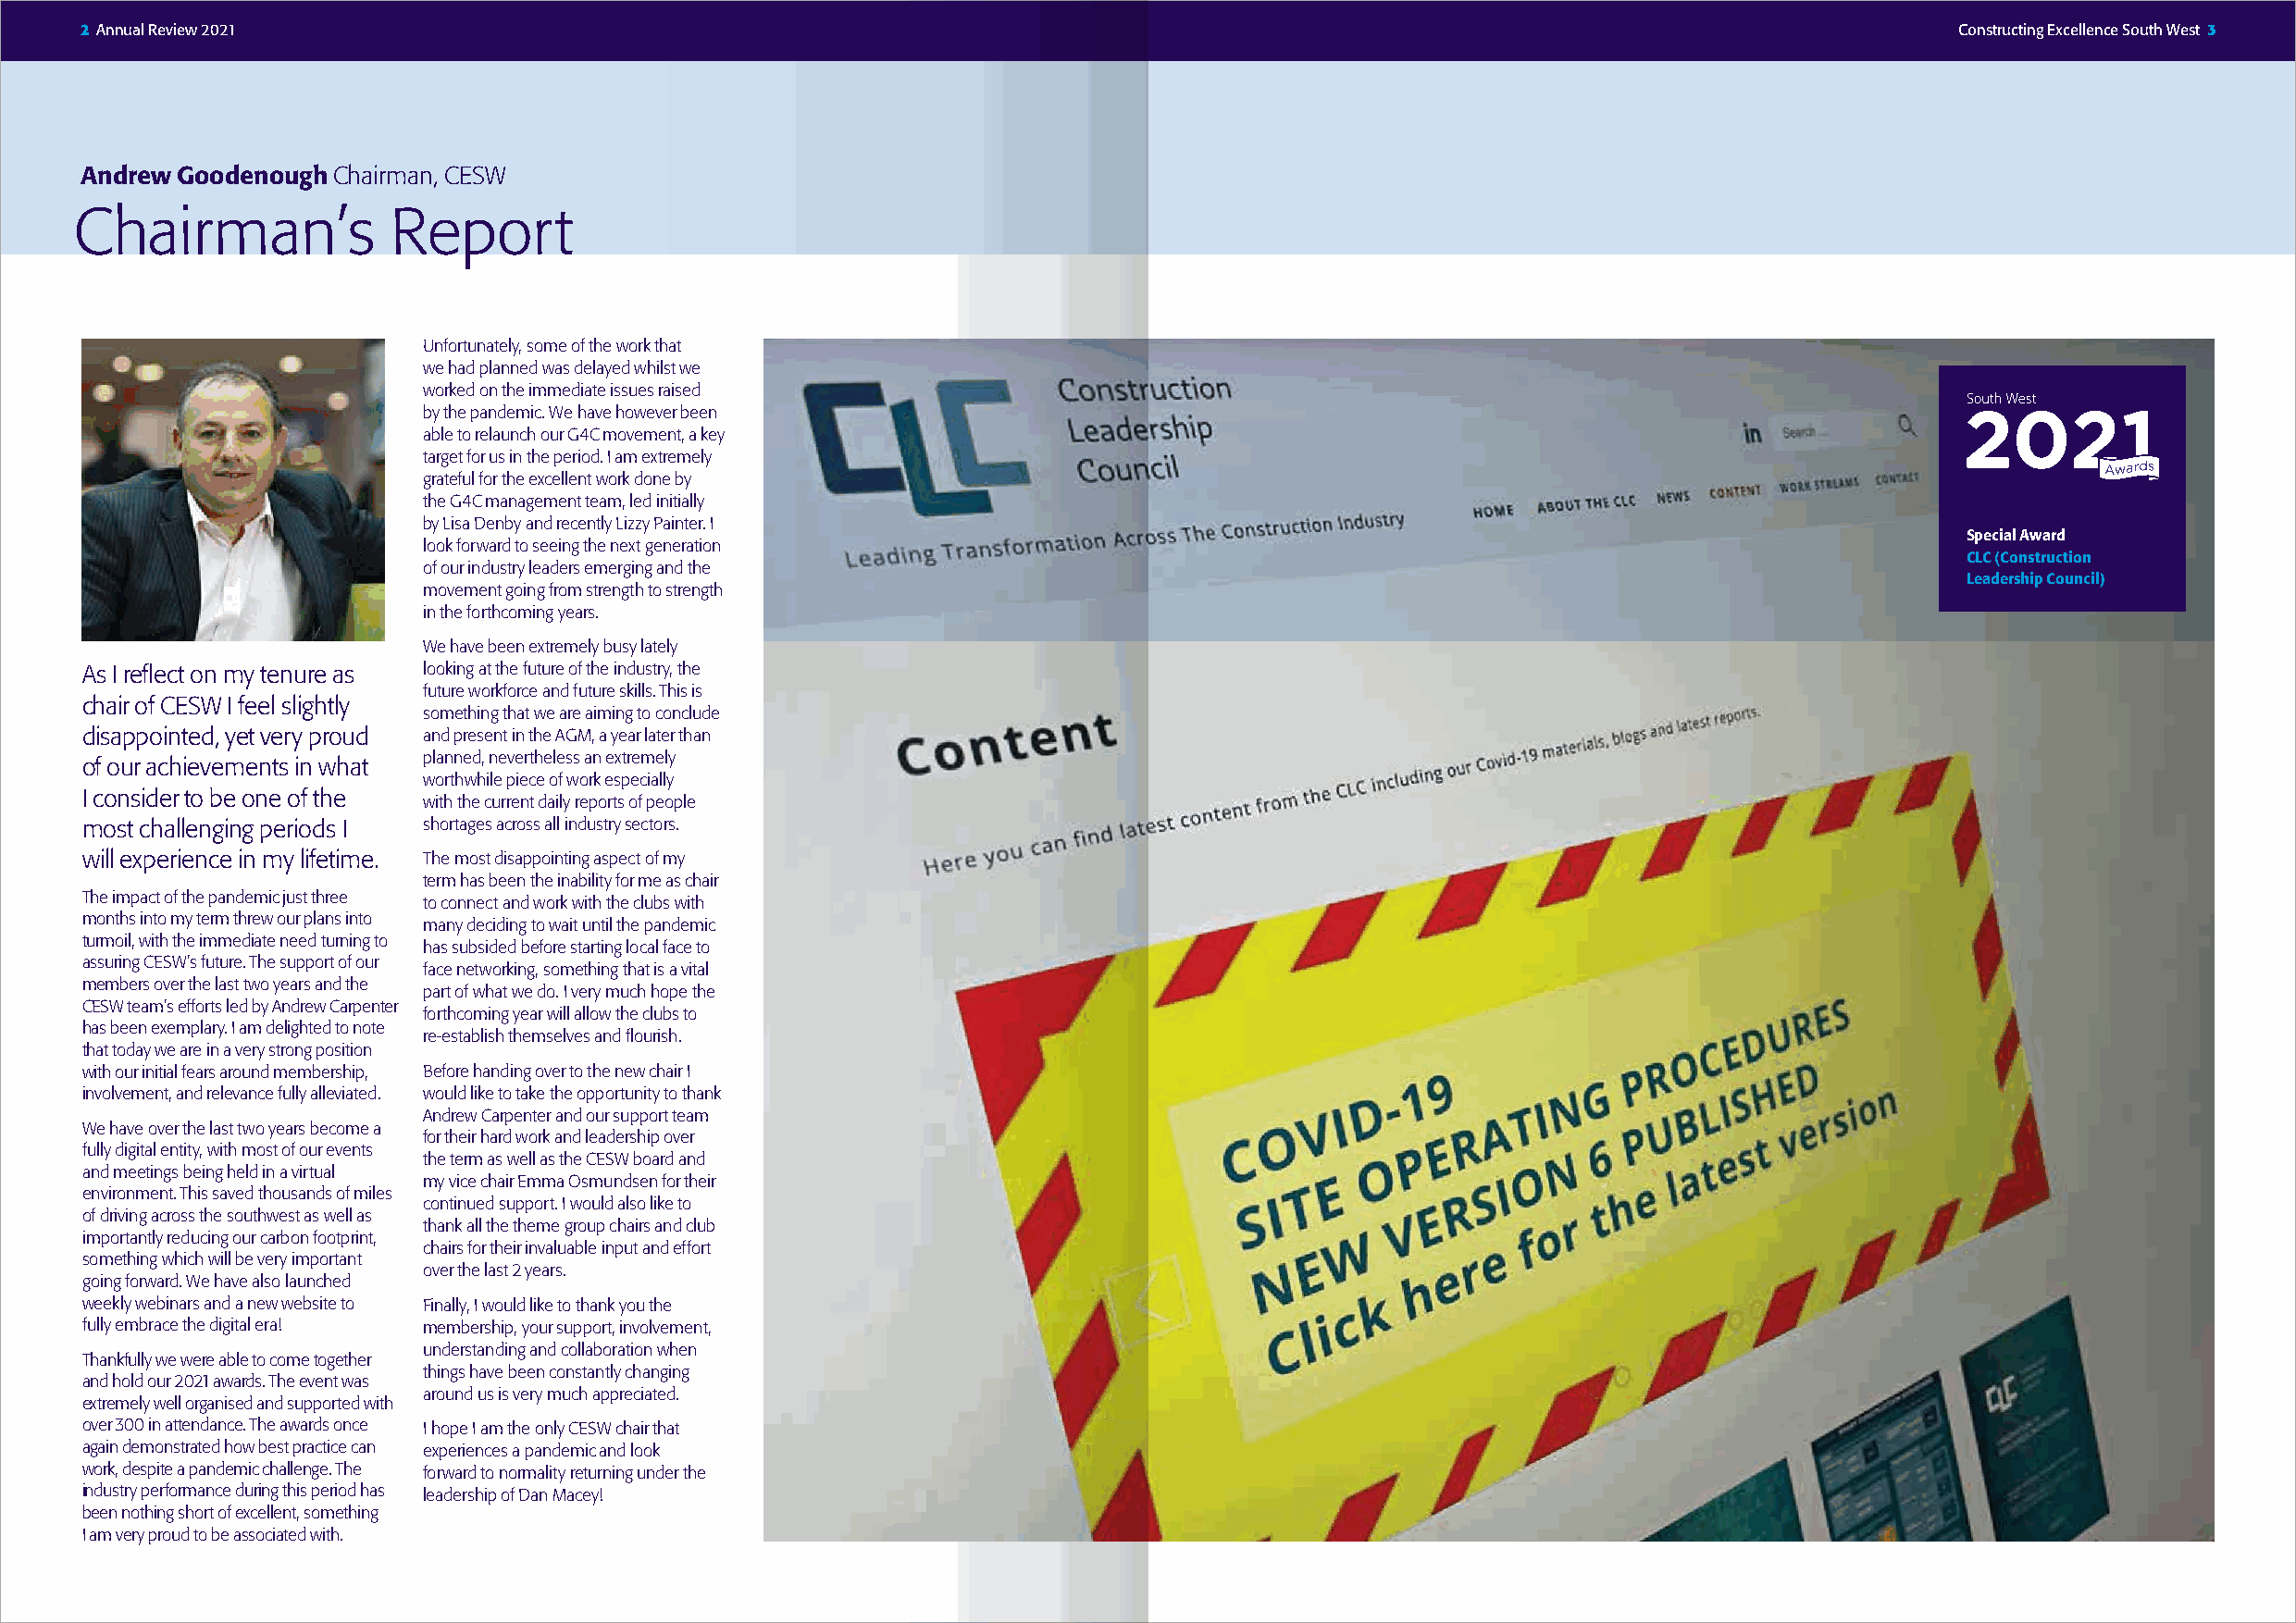
2 Annual Review 2021                                                                                                                  Constructing Excellence South West 3
 Andrew Goodenough Chairman, CESW
 Chairman’s             Report
 Unfortunately, some of the work that
 we had planned was delayed whilst we
 worked on the immediate issues raised
 by the pandemic. We have however been
 able to relaunch our G4C movement, a key
 target for us in the period. I am extremely
 grateful for the excellent work done by
 the G4C management team, led initially
 by Lisa Denby and recently Lizzy Painter. I
 Special Award
 look forward to seeing the next generation
 CLC (Construction
 of our industry leaders emerging and the
 Leadership Council)
 movement going from strength to strength
 in the forthcoming years.
 We have been extremely busy lately
 As I reflect on my tenure as looking at the future of the industry, the
 future workforce and future skills. This is
 chair of CESW I feel slightly
 something that we are aiming to conclude
 disappointed, yet very proud and present in the AGM, a year later than
 planned, nevertheless an extremely
 of our achievements in what
 worthwhile piece of work especially
 I consider to be one of the
 with the current daily reports of people
 most challenging periods I shortages across all industry sectors.
 will experience in my lifetime. The most disappointing aspect of my
 term has been the inability for me as chair
 The impact of the pandemic just three
 to connect and work with the clubs with
 months into my term threw our plans into
 many deciding to wait until the pandemic
 turmoil, with the immediate need turning to
 has subsided before starting local face to
 assuring CESW’s future. The support of our
 face networking, something that is a vital
 members over the last two years and the
 part of what we do. I very much hope the
 CESW team’s efforts led by Andrew Carpenter
 forthcoming year will allow the clubs to
 has been exemplary. I am delighted to note
 re-establish themselves and flourish.
 that today we are in a very strong position
 with our initial fears around membership, Before handing over to the new chair I
 involvement, and relevance fully alleviated. would like to take the opportunity to thank
 Andrew Carpenter and our support team
 We have over the last two years become a
 for their hard work and leadership over
 fully digital entity, with most of our events
 the term as well as the CESW board and
 and meetings being held in a virtual
 my vice chair Emma Osmundsen for their
 environment. This saved thousands of miles
 continued support. I would also like to
 of driving across the southwest as well as
 thank all the theme group chairs and club
 importantly reducing our carbon footprint,
 chairs for their invaluable input and effort
 something which will be very important
 over the last 2 years.
 going forward. We have also launched
 weekly webinars and a new website to Finally, I would like to thank you the
 fully embrace the digital era! membership, your support, involvement,
 understanding and collaboration when
 Thankfully we were able to come together
 things have been constantly changing
 and hold our 2021 awards. The event was
 around us is very much appreciated.
 extremely well organised and supported with
 over 300 in attendance. The awards once I hope I am the only CESW chair that
 again demonstrated how best practice can experiences a pandemic and look
 work, despite a pandemic challenge. The forward to normality returning under the
 industry performance during this period has leadership of Dan Macey!
 been nothing short of excellent, something
 I am very proud to be associated with.